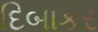
દિબાકર